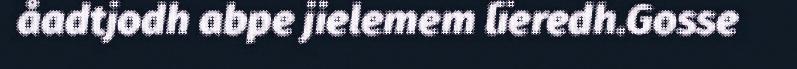
åadtjodh abpe jielemem lïeredh.Gosse